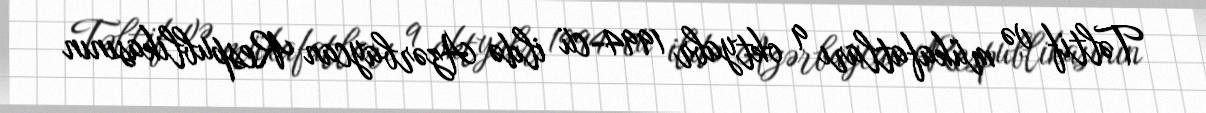
Təltif və mükafatları 9 oktyabr 1994-cü ildə Azərbaycan Respublikasının